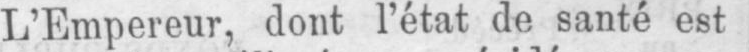
L’Empereur, dont l’état de santé est